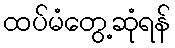
ထပ်မံတွေ့ဆုံရန်